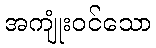
အကျုံးဝင်သော